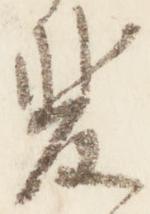
斐